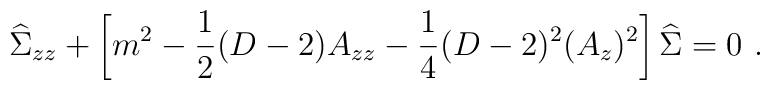
{\widehat\Sigma}_{zz}+\left[m^2 -{1\over 2}(D-2) A_{zz}-{1\over 4} (D-2)^2 (A_z)^2\right]{\widehat\Sigma}=0~.